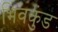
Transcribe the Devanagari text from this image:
भिवकुंड